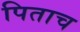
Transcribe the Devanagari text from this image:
पिताच